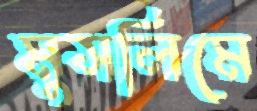
মুসলিমে